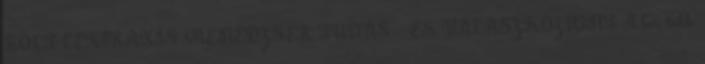
BOLT LEXPRAXIS MENEDZSER TUDÁS- ÉS VÁLASZKÖZPONT A hír több